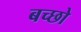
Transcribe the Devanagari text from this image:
बच्छो